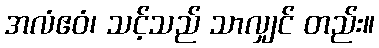
အလံဧဝံ၊ သင့်သည် သာလျှင် တည်း။